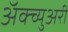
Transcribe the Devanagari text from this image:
अॅक्च्युअरी